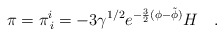
\begin{align*}\pi=\pi^{i}_{\,i}=-3\gamma^{1/2}e^{-\frac{3}{2}(\phi-\tilde{\phi})}H ~~~.\end{align*}